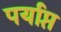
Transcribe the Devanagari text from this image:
पर्याप्तं